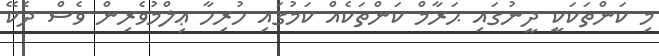
މި ކަންތަކަކީ ދީނުގައި ޙަރާމް ކަންތަކެއް ކަމުގައި ހުރިހާ ޢިލްމުވެރިން ވެސް ދެކޭ